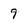
Character: 9